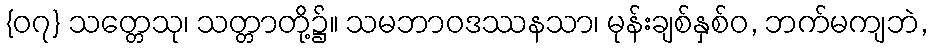
{၀၇} သတ္တေသု၊ သတ္တာတို့၌။ သမဘာဝဒဿနသာ၊ မုန်းချစ်နှစ်ဝ, ဘက်မကျဘဲ,